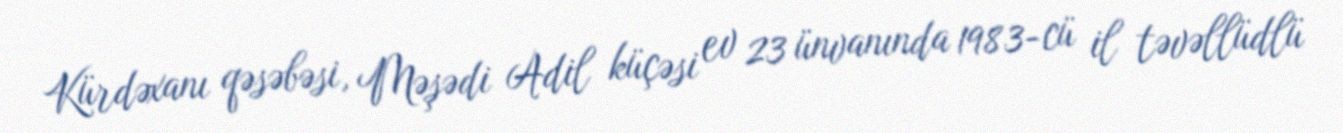
Kürdəxanı qəsəbəsi, Məşədi Adil küçəsi ev 23 ünvanında 1983-cü il təvəllüdlü